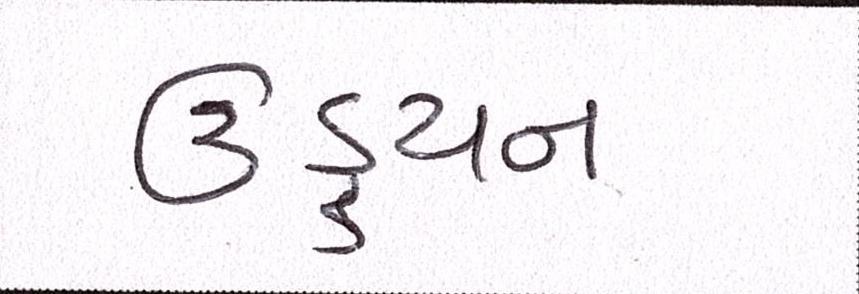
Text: ઉડ્ડયન